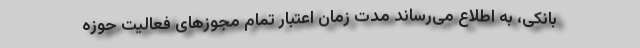
بانکی، به اطلاع می‌رساند مدت زمان اعتبار تمام مجوزهای فعالیت حوزه